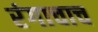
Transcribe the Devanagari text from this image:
रंगाचाच